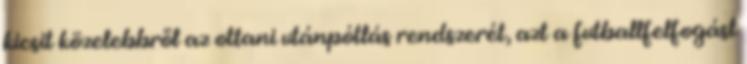
kicsit közelebbről az ottani utánpótlás rendszerét, azt a futballfelfogást